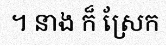
។ នាង ក៏ ស្រែក